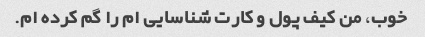
خوب، من کیف پول و کارت شناسایی ام را گم کرده ام.